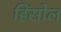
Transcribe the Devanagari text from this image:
हिंसोल